Report on sanitation, dispensaries, and jails in Rajputana for 1914, and on vaccination for the year 1914-1915 - 1914-1915
Year: 1914
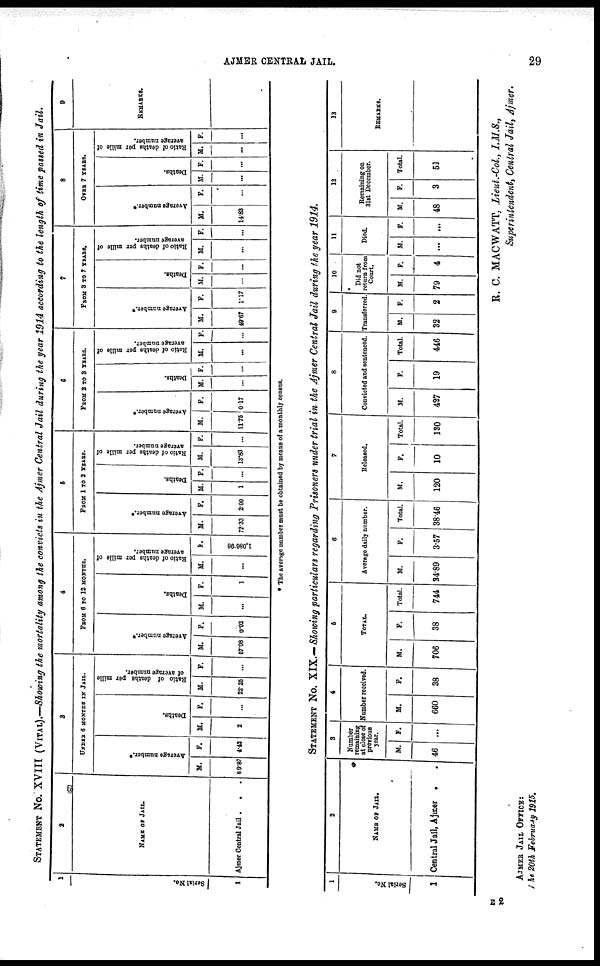
AJMER CENTRAL JAIL.
29
STATEMENT No. XVIII (VITAL).—Showing the mortality among the convicts in the Ajmer Central Jail during the year 1914 according to the length of time passed in Jail.
1
Serial No.
1
2
NAME OF JAIL.
Ajmer Central Jail . . .
3
UNDER 6 MONTHS IN JAIL.
Average number.*
M.
89.87
F.
4.42
Deaths.
M.
2
F.
...
Ratio of deaths per mille
of average number.
M.
22.25
F.
...
4
FROM 6 TO 12 MONTHS.
Average number.*
M.
57.08
F.
0.92
Deaths.
M.
...
F.
1
Ratio of deaths per mille of
average number.
M.
...
F.
1,086.96
5
FROM 1 TO 2 YEARS.
Average number.*
M.
72.33
F.
2.00
Deaths.
M.
1
F.
...
Ratio of deaths per mille of
average number.
M.
13.83
F.
...
6
FROM 2 TO 3 YEARS.
Average number.*
M.
11.75
F.
0.17
Deaths.
M.
...
F.
...
Ratio of deaths per mille of
average number.
M.
...
F.
...
7
FROM 3 TO 7 YEARS.
Average number.*
M.
49.67
F.
1.17
Deaths.
M.
...
F.
...
Ratio of deaths per mille of
average number.
M.
...
F.
...
8
OVER 7 YEARS.
Average number.*
M.
14.83
F.
...
Deaths.
M.
...
F.
...
Ratio of deaths per mille of
average number.
M.
...
F.
...
9
REMARKS.
* The avenge number must be obtained by means of a monthly census.
STATEMENT No. XIX.— Showing particulars regarding Prisoners under trial in the Ajmer Central Jail during the year 1914.
1
Serial No.
1
2
NAME OF JAIL.
Central Jail, Ajmer
.
.
3
Number
remaining
at close of
previous
year.
M.
46
F.
...
4
Number received.
M.
660
F.
38
5
TOTAL.
M.
706
F.
38
Total.
744
6
Average daily number.
M.
34.89
F.
3.57
Total.
38.46
7
Released.
M.
120
F.
10
Total.
180
8
Convicted and sentenced.
M.
427
F.
19
Total.
446
9
Transferred.
M.
32
F.
2
10
Did not
return from
Court.
M.
79
F.
4
11
Died.
M.
...
F.
...
12
Remaining on
31st December.
M.
48
F.
3
Total.
51
13
REMARKS.
R. C. MACWATT, Lieut.-Col., I.M.S.,
Superintendent, Central Jail, Ajmer.
AJMER JAIL OFFICE:
The 20th February 1915.
E2